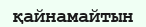
қайнамайтын